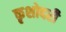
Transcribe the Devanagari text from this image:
कृशोदरी